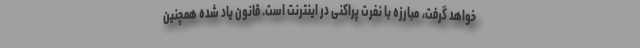
خواهد گرفت، مبارزه با نفرت پراکنی در اینترنت است. قانون یاد شده همچنین